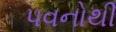
પવનોથી